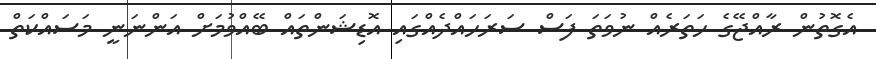
އެގޮތުން ރާއްޖޭގެ ހަތަރެއް ނުވަތަ ފަސް ސަރަހައްދެއްގައި އޮޑިޝަންތައް ބޭއްވުމަށް އަންނަނީ މަސައްކަތް